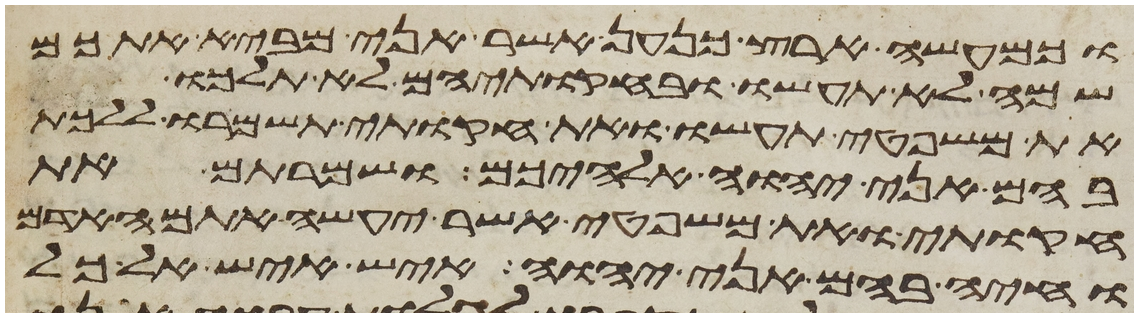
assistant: וכמעשה ארץ כנען אשר אני מביא אתכם
שמה לא תעשו ובחקתיהם לא תלכו
את משפטי תעשו ואת חקותי תשמרו ללכת
בהם אני יהוה אלהיכם ושמרתם את
חקותי ואת משפטי אשר יעשה אתם האדם
וחיה בהם אני יהוה איש איש אל כל